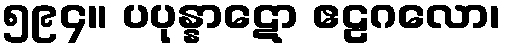
၅၉၄။ ပပုန္နာဋော ဧဠဂလော၊